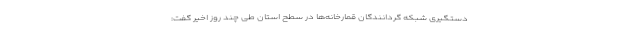
دستگیری شبکه گردانندگان قمارخانه‌ها در سطح استان طی چند روز اخیر گفت: